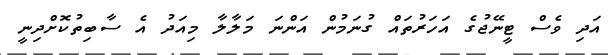
އަދި ވެސް ޓީނޭޖުގެ އަހަރުތައް ގުނަމުން އަންނަ މަލާލާ މިއަދު އެ ސާބިތުކޮށްދިނީ